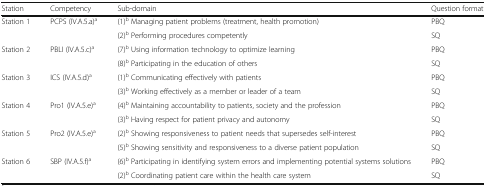
| Station | Competency | Sub-domain | Question format |
 | --- | --- | --- | --- |
 | Station 1 | PCPS (IV.A.5.a)a | (1)b Managing patient problems (treatment, health promotion) | PBQ |
 |  |  | (2)b Performing procedures competently | SQ |
 | Station 2 | PBLI (IV.A.5.c)a | (7)b Using information technology to optimize learning | PBQ |
 |  |  | (8)b Participating in the education of others | SQ |
 | Station 3 | ICS (IV.A.5.d)a | (1)b Communicating effectively with patients | PBQ |
 |  |  | (3)b Working effectively as a member or leader of a team | SQ |
 | Station 4 | Pro1 (IV.A.5.e)a | (4)b Maintaining accountability to patients, society and the profession | PBQ |
 |  |  | (3)b Having respect for patient privacy and autonomy | SQ |
 | Station 5 | Pro2 (IV.A.5.e)a | (2)b Showing responsiveness to patient needs that supersedes self-interest | PBQ |
 |  |  | (5)b Showing sensitivity and responsiveness to a diverse patient population | SQ |
 | Station 6 | SBP (IV.A.5.f)a | (6)b Participating in identifying system errors and implementing potential systems solutions | PBQ |
 |  |  | (2)b Coordinating patient care within the health care system | SQ |